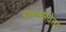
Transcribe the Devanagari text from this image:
बाजारपेठेला